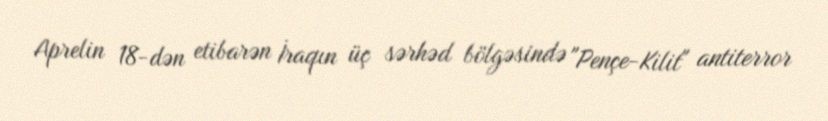
Aprelin 18-dən etibarən İraqın üç sərhəd bölgəsində "Pençe-Kilit" antiterror